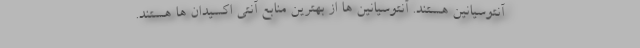
آنتوسیانین هستند. آنتوسیانین ها از بهترین منابع آنتی اکسیدان ها هستند.